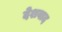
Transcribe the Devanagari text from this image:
देशवाद